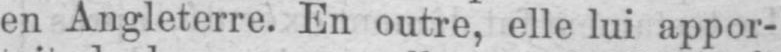
en Angleterre. En outre, elle lui appor-